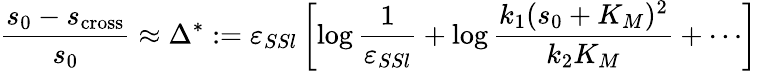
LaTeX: \frac{s_{0}-s_{\mathrm{cross}}}{s_{0}}\approx\Delta^{*}:=\varepsilon_{SSl}\left[\log\frac{1}{\varepsilon_{SSl}}+\log\frac{k_{1}(s_{0}+K_{M})^{2}}{k_{2}K_{M}}+\cdots\right]